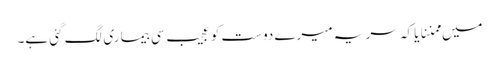
میں ممننایا کہ سر یہ میرے دوست کو عجیب سی بیماری لگ گئی ہے۔